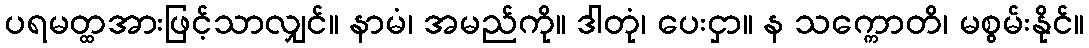
ပရမတ္ထအားဖြင့်သာလျှင်။ နာမံ၊ အမည်ကို။ ဒါတုံ၊ ပေးငှာ။ န သက္ကောတိ၊ မစွမ်းနိုင်။